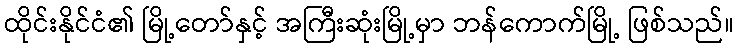
ထိုင်းနိုင်ငံ၏ မြို့တော်နှင့် အကြီးဆုံးမြို့မှာ ဘန်ကောက်မြို့ ဖြစ်သည်။